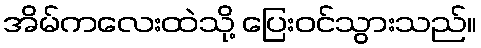
အိမ်ကလေးထဲသို့ ပြေးဝင်သွားသည်။